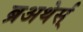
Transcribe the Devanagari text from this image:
ब्रअथेर्स्